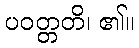
ပဝတ္တတိ၊ ၏။